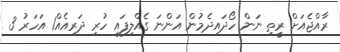
ރާއްޖެއަށް ރީތި ނަން ހޯދައިދެމުން އަންނަ ގެއްލިފައި ހުރި ދަރިއެއް1 އަހަރު 3